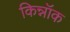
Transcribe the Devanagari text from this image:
किन्नॉक